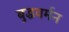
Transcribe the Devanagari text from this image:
बुद्धवर्मन